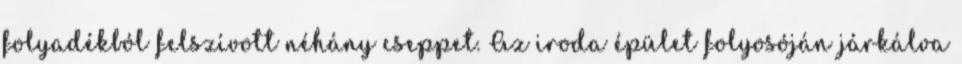
folyadékból felszívott néhány cseppet. Az iroda épület folyosóján járkálva